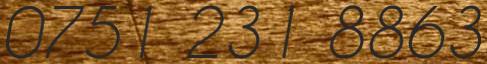
0751 231 8863